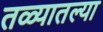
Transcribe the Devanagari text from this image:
तळ्यातल्या